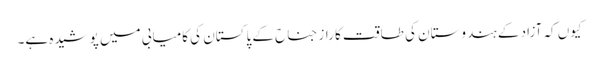
کیوں کہ آزاد کے ہندوستان کی طاقت کا راز جناح کے پاکستان کی کامیابی میں پوشیدہ ہے۔